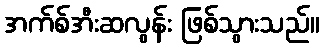
အက်စ်အီးဆလွန်း ဖြစ်သွားသည်။